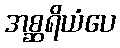
အစ္ဆရိယံပေ